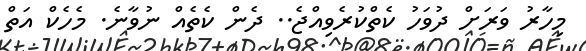
މިހާރު ވަރަށް ދުވަހު ކެތްކުރެވިއްޖެ.. ދެން ކެތެއް ނުވާނެ. މެހެކް އަތް